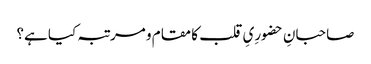
صاحبانِ حضورِیِ قلب کا مقام و مرتبہ کیا ہے؟